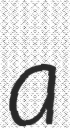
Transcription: a